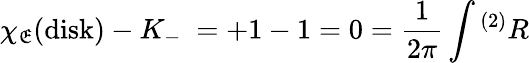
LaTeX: \chi_{\mathfrak{E}}(\mathrm{{disk}})-K_{-}\ =+1-1=0={\frac{{1}}{{2\pi}}}\int{}^{(2)}R